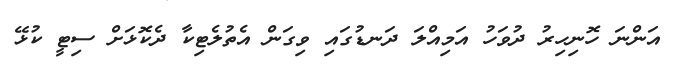
އަންނަ ހޮނިހިރު ދުވަހު އަމިއްލަ ދަނޑުގައި ވިގަން އެތުލެޓިކާ ދެކޮޅަށް ސިޓީ ކުޅޭ